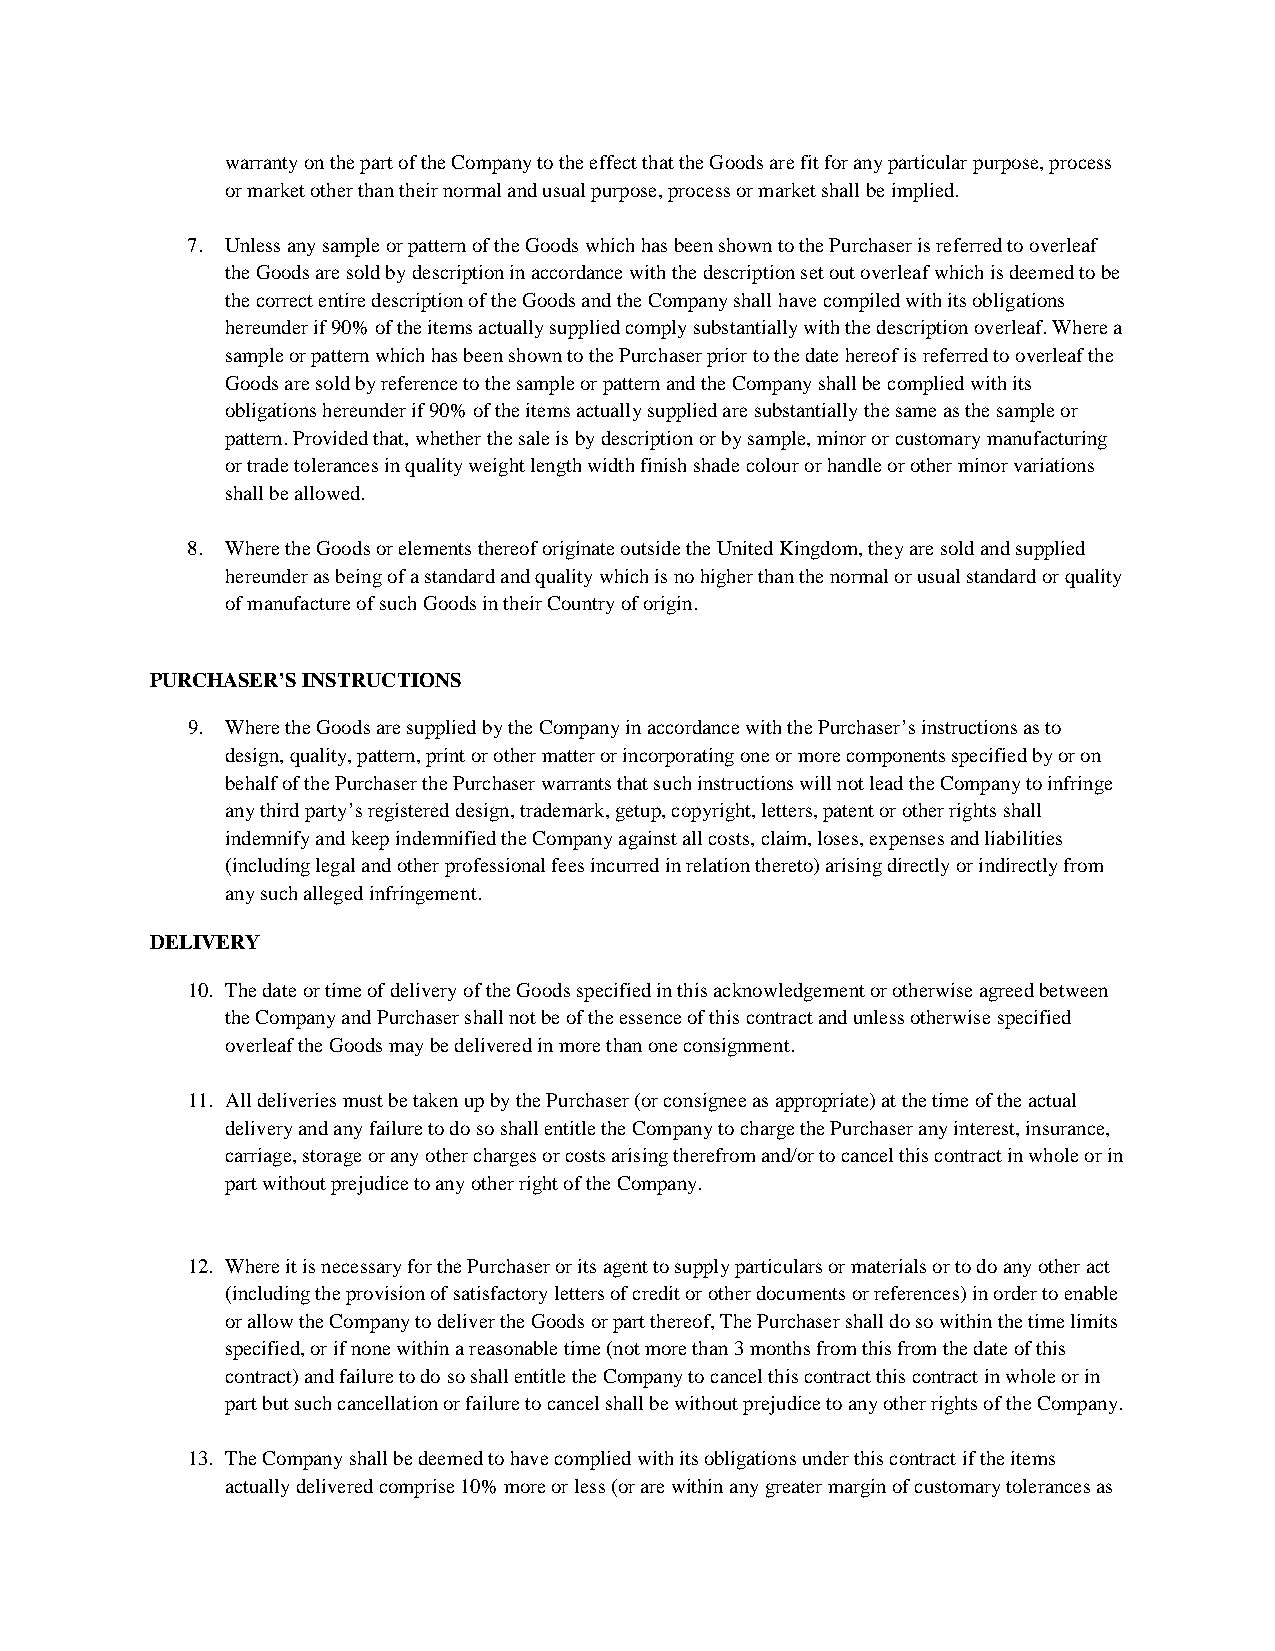
warranty on the part of the Company to the effect that the Goods are fit for any particular purpose, process
 or market other than their normal and usual purpose, process or market shall be implied.
 7. Unless any sample or pattern of the Goods which has been shown to the Purchaser is referred to overleaf
 the Goods are sold by description in accordance with the description set out overleaf which is deemed to be
 the correct entire description of the Goods and the Company shall have compiled with its obligations
 hereunder if 90% of the items actually supplied comply substantially with the description overleaf. Where a
 sample or pattern which has been shown to the Purchaser prior to the date hereof is referred to overleaf the
 Goods are sold by reference to the sample or pattern and the Company shall be complied with its
 obligations hereunder if 90% of the items actually supplied are substantially the same as the sample or
 pattern. Provided that, whether the sale is by description or by sample, minor or customary manufacturing
 or trade tolerancesin quality weight length width finish shade colour or handle or other minor variations
 shall be allowed.
 8. Where the Goods or elements thereof originate outside the United Kingdom, they are sold and supplied
 hereunder as being of a standard and quality which is no higher than the normal or usual standard or quality
 of manufacture of such Goods in their Country of origin.
 PURCHASER’S INSTRUCTIONS
 9. Where the Goods are supplied by the Company in accordance with the Purchaser’s instructions as to
 design, quality, pattern, print or other matter or incorporating one or more components specified by or on
 behalf of the Purchaser the Purchaser warrants that such instructions will not lead the Company to infringe
 any third party’s registered design, trademark, getup, copyright, letters, patent or other rights shall
 indemnify and keep indemnified the Company against all costs, claim, loses, expenses and liabilities
 (including legal and other professional fees incurred in relation thereto) arising directly or indirectly from
 any such alleged infringement.
 DELIVERY
 10. The date or time of delivery of the Goods specified in this acknowledgement or otherwise agreed between
 the Company and Purchaser shall not be of the essence of this contract and unless otherwise specified
 overleaf the Goods may be delivered in more than one consignment.
 11. All deliveries must be taken up by the Purchaser (or consignee as appropriate) at the time of the actual
 delivery and any failure to do so shall entitle the Company to charge the Purchaser any interest, insurance,
 carriage, storage or anyother charges or costs arising therefrom and/or to cancel this contract in whole or in
 part without prejudice to any other right of the Company.
 12. Where it is necessary for the Purchaser or its agent to supply particulars or materials or to do any other act
 (including the provision of satisfactory letters of credit or other documents or references) in order to enable
 or allow the Company to deliver the Goods or part thereof, The Purchaser shall do so within the time limits
 specified, or if none within a reasonable time (not more than 3 months from this from the date of this
 contract) and failure to do so shall entitle the Company to cancel this contract this contract in whole or in
 part but such cancellation or failure to cancel shall be without prejudice to any other rights of the Company.
 13. The Company shall be deemed to have complied with its obligations under this contract if the items
 actually delivered comprise 10% more or less (or are within any greater margin of customary tolerances as